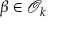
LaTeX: \beta \in { \mathcal { O } } _ { k }